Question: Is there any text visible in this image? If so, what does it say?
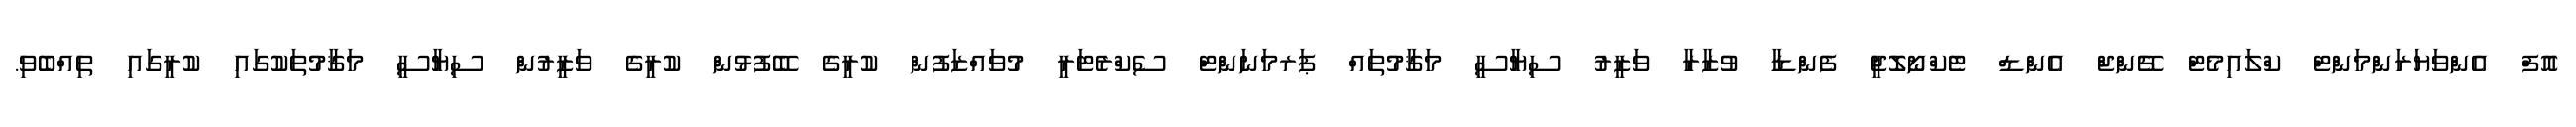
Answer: އޮފް އެންވަޔަރަންމަންޓް ކްލައިމެޓް ޗޭންޖް އެންޑް ޓެކްނޯލޮޖީ ފެންޑާ ވުޒާރާ ވަޒީރު ސިޔާސީ މަޤާމުތައް ޕަރމަނަންޓް ސެކްރެޓަރީ މުވައްޒަފުން ކުރީގެ ބޭފުޅުން ކުރީގެ ވަޒީރުން ސިޔާސީ މަޤާމުތަކުގައި ކުރީގައި ތިއްބެވި.